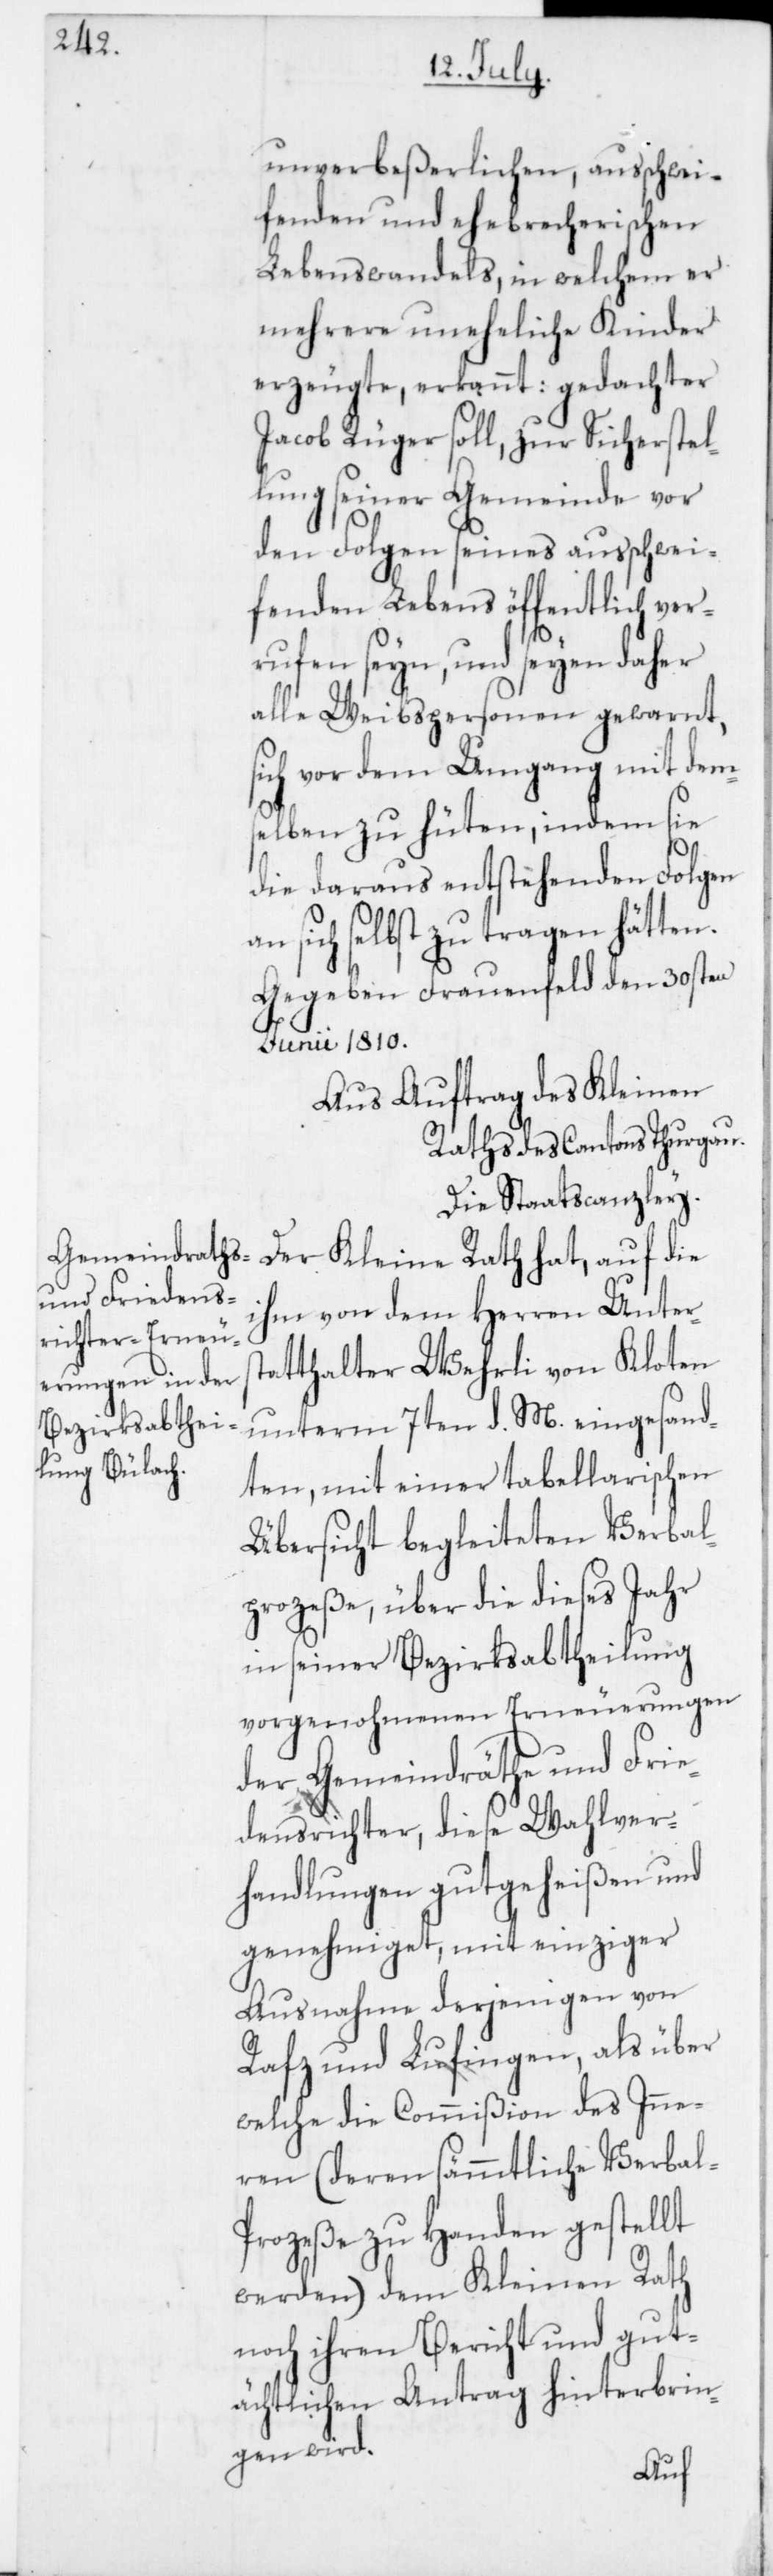
unverbeßerlichen ausschwei¬
fenden und ehebrecherischen
Lebenswandels, in welchem er
mehrere uneheliche Kinder
erzeugte, erkannt: gedachter
Jacob Rüger soll, zur Sicherstel¬
lung seiner Gemeinde vor
den Folgen seines ausschwei¬
fenden Lebens öffentlich ver¬
rufen seyn, und seyen daher
alle Weibspersonen gewarnt,
sich vor dem Umgang mit dem¬
selben zu hüten, indem sie
die daraus entstehenden Folgen
sich selbst zu tragen hätten.
Gegeben Frauenfeld den 30sten
Junii 1810.
Aus Auftrag des Kleinen
Raths des Cantons Thurgau.
Die Staatscanzley.
Der Kleine Rath hat, auf die
ihm von dem Herren Unters¬
tatthalter Wehrli von Kloten
unterm 7ten d. M. eingesand¬
ten, mit einer tabellarischen
Übersicht begleiteten Verbal¬
prozeße, über die dieses Jahr
in seiner Bezirksabtheilung
vorgenohmenen Erneuerungen
der Gemeindräthe und Frie¬
densrichter, diese Wahlver¬
handlungen gutgeheißen und
genehmiget, mit einziger
Ausnahme derjenigen von
Rafz und Lufingen, als über
welche die Commißion des Inne¬
ren (deren sämmtliche Verba¬
l-Prozeße zu Handen gestellt
werden) dem Kleinen Rath
noch ihren Bericht und gut¬
ächtlichen Antrag hinterbrin¬
gen wird.